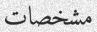
مشخصات